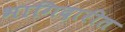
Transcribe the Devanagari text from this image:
भागिदारीत